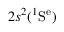
2 s ^ { 2 } ( ^ { 1 } \mathrm { S ^ { e } } )